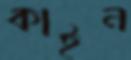
কাইন